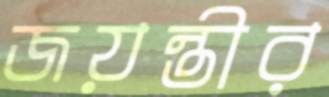
জয়ন্তীর